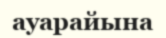
ауарайына